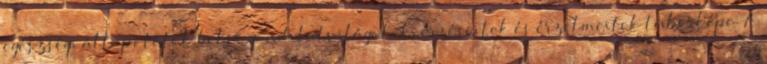
egészségi állapototok belső gondolatvilágotok, érzéseitek és érzelmeitek tükörképe. A